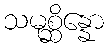
သမုစ္ဆိန္နော